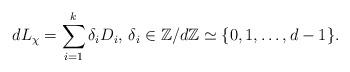
LaTeX: \begin{align*}d L_{\chi} = \sum\limits_{i=1}^{k} \delta_i D_i,\, \delta_i \in \mathbb{Z}/d\mathbb{Z} \simeq \{0,1,\dots,d-1\}.\end{align*}